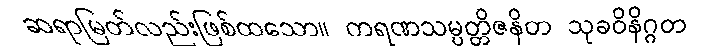
ဆရာမြတ်လည်းဖြစ်ထသော။ ကရဏသမ္ပတ္တိဇနိတ သုခဝိနိဂ္ဂတ